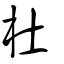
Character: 杜